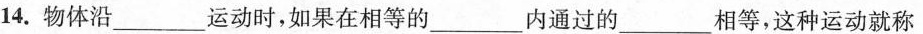
14.物体沿___运动时，如果在相等的___内通过的___相等，这种运动就称